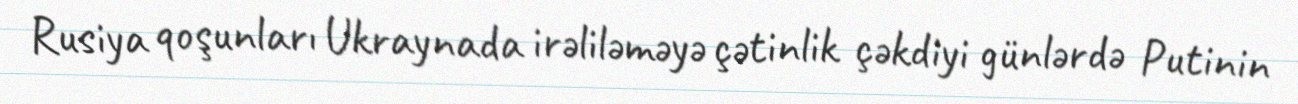
Rusiya qoşunları Ukraynada irəliləməyə çətinlik çəkdiyi günlərdə Putinin